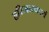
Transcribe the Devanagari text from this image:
हरिजनकार्य